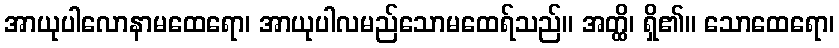
အာယုပါလောနာမထေရော၊ အာယုပါလမည်သောမထေရ်သည်။ အတ္ထိ၊ ရှိ၏။ သောထေရော၊